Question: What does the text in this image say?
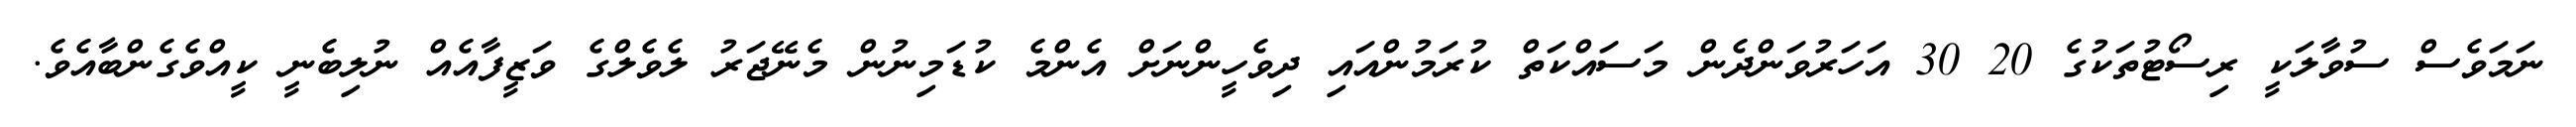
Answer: ނަމަވެސް ސުވާލަކީ ރިސޯޓުތަކުގެ 20 30 އަހަރުވަންދެން މަސައްކަތް ކުރަމުންއައި ދިވެހީންނަށް އެންމެ ކުޑަމިނުން މެނޭޖަރު ލެވެލްގެ ވަޒީފާއެއް ނުލިބެނީ ކީއްވެގެންބާއެވެ.